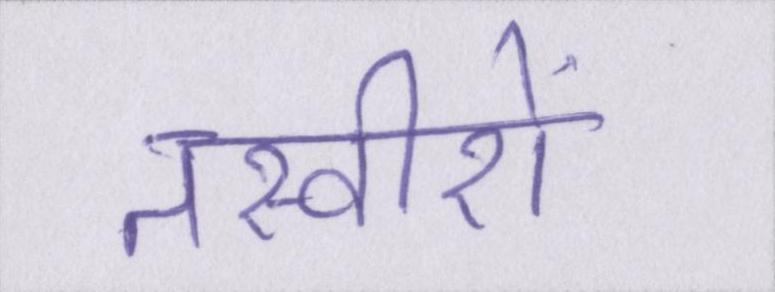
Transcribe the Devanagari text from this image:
तस्वीरों